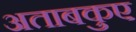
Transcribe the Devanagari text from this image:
अताबकुए